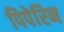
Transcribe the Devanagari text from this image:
पिपेरिन